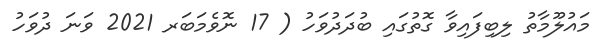
މައުލޫމާތު ލިބިފައިވާ ގޮތުގައި ބުދަދުވަހު ( 17 ނޮވެމަބަރ 2021 ވަނަ ދުވަހު